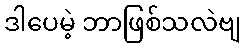
ဒါပေမဲ့ ဘာဖြစ်သလဲဗျ